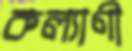
কল্যাণী